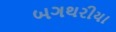
બગથરીયા